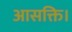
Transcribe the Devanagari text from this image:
आसक्ति।